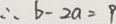
\therefore b - 2 a = 9